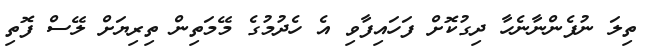
ތިލަ ނުފެންނާނެހާ ދިގުކޮށް ފަހައިފާވި އެ ހެދުމުގެ މޭމަތިން ތިރިޔަށް ލޭސް ފޮތި